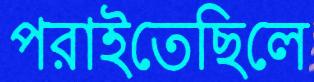
পরাইতেছিলে